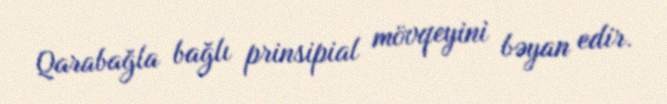
Qarabağla bağlı prinsipial mövqeyini bəyan edir.